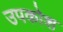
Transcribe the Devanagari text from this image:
उपकोश